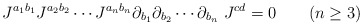
\begin{align*}J^{a_1b_1}J^{a_2b_2} \cdots J^{a_nb_n} \partial_{b_1} \partial_{b_2}\cdots \partial_{b_n} \ J^{cd} =0 \qquad ( n \geq 3)\end{align*}